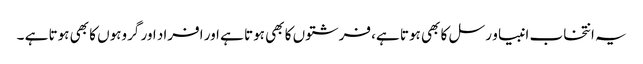
یہ انتخاب انبیا و رسل کا بھی ہوتا ہے، فرشتوں کا بھی ہوتا ہے اور افراد اور گروہوں کا بھی ہوتا ہے ۔